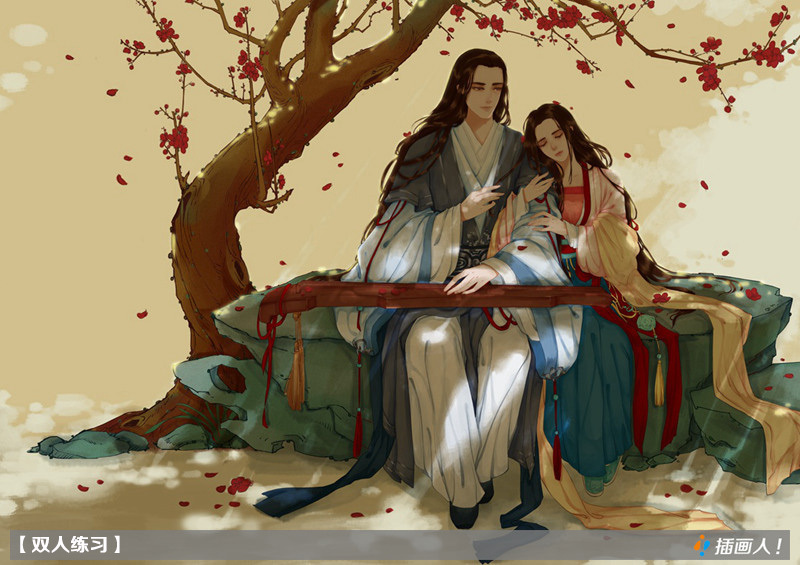
拆桐花烂熳，乍疏雨洗清明。